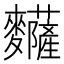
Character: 𪎅